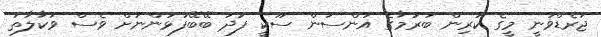
ޖަރެޑްވަނީ މީގެ ކުރިން ބަރުމާގެ އަންސަން ސޫކީ ފަދަ ބޭބޭފުޅުންނަށް ވެސް ވަކާލާތު